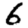
Digit: 6